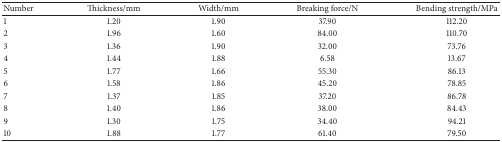
| Number | Thickness/mm | Width/mm | Breaking force/N | Bending strength/MPa |
 | --- | --- | --- | --- | --- |
 | 1 | 1.20 | 1.90 | 37.90 | 112.20 |
 | 2 | 1.96 | 1.60 | 84.00 | 110.70 |
 | 3 | 1.36 | 1.90 | 32.00 | 73.76 |
 | 4 | 1.44 | 1.88 | 6.58 | 13.67 |
 | 5 | 1.77 | 1.66 | 55.30 | 86.13 |
 | 6 | 1.58 | 1.86 | 45.20 | 78.85 |
 | 7 | 1.37 | 1.85 | 37.20 | 86.78 |
 | 8 | 1.40 | 1.86 | 38.00 | 84.43 |
 | 9 | 1.30 | 1.75 | 34.40 | 94.21 |
 | 10 | 1.88 | 1.77 | 61.40 | 79.50 |